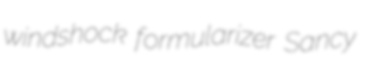
windshock formularizer Sancy